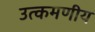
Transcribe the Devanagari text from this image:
उत्कमणीय